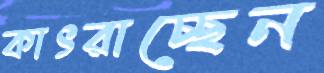
কাৎরাচ্ছেন